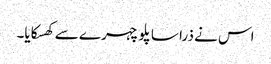
اس نے ذرا سا پلو چہرے سے کھسکایا۔